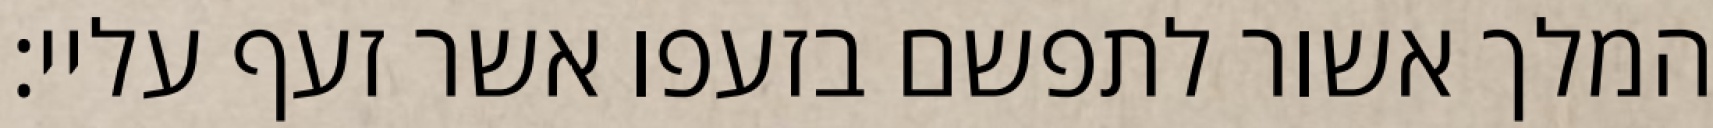
המלך אשור לתפשם בזעפו אשר זעף עליי: